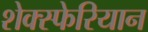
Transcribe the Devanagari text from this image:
शेक्स्फेरियान